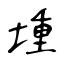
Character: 堹